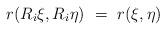
LaTeX: \begin{align*}r(R_i \xi, R_i \eta) \ = \ r(\xi,\eta)\end{align*}